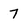
Character: 7